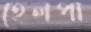
হেলপা